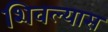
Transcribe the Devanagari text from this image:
शिवल्यास